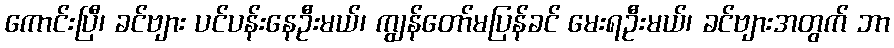
ကောင်းပြီ၊ ခင်ဗျား ပင်ပန်းနေဦးမယ်၊ ကျွန်တော်မပြန်ခင် မေးရဦးမယ်၊ ခင်ဗျားအတွက် ဘာ